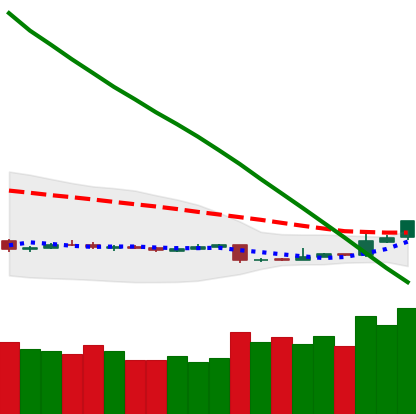
Ticker: ETH-USD
Chart end date: 2018-11-06
Forward return: -3.256%
Label: down_3_5